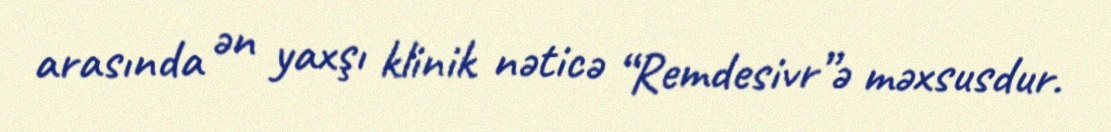
arasında ən yaxşı klinik nəticə “Remdesivr”ə məxsusdur.